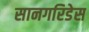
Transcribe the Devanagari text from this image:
सानगरिडेस